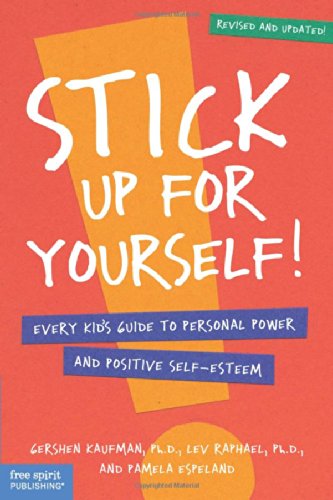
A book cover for Stick Up for Yourself: Every Kid's Guide to Personal Power & Positive Self-Esteem (Revised & Updated Edition); Gershen Kaufman; Self-Help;